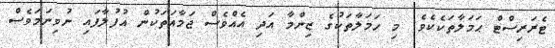
ޓެރަރިސްޓް ޙަމަލާތަކެކެވެ. މި ހަމަލާތަކުގެ ޒިންމާ އަދި އެއްވެސް ޖަމާއަތަކުން އުފުލާފައި ނުވިނަމަވެސް